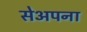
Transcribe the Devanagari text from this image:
सेअपना